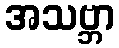
အသဗ္ဘာ